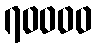
၇၀၀၀၀